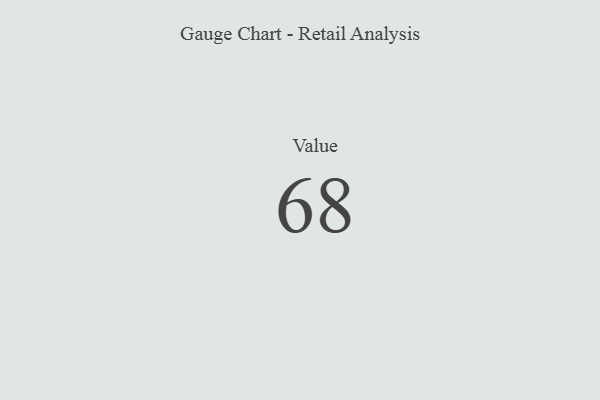
{"axis": {"x": "Metric", "y": "Value"}, "legend": [""], "data": [{"x": "Value", "y": 68, "type": ""}]}